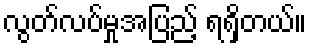
လွတ်လပ်မှုအပြည့် ရရှိတယ်။